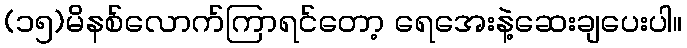
(၁၅)မိနစ်လောက်ကြာရင်တော့ ရေအေးနဲ့ဆေးချပေးပါ။